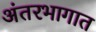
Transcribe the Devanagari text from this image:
अंतरभागात